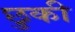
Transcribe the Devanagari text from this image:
छुकी